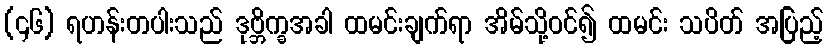
(၄၆) ရဟန်းတပါးသည် ဒုဗ္ဘိက္ခအခါ ထမင်းချက်ရာ အိမ်သို့ဝင်၍ ထမင်း သပိတ် အပြည့်